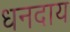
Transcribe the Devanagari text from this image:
धनदाय